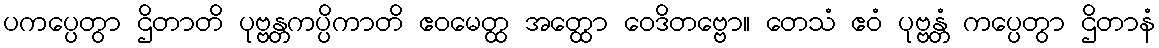
ပကပ္ပေတွာ ဌိတာတိ ပုဗ္ဗန္တကပ္ပိကာတိ ဧဝမေတ္ထ အတ္ထော ဝေဒိတဗ္ဗော။ တေသံ ဧဝံ ပုဗ္ဗန္တံ ကပ္ပေတွာ ဌိတာနံ